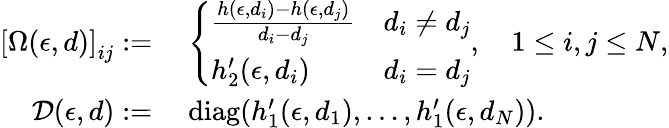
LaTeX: \begin{array}{rl}{\left[\Omega(\epsilon,d)\right]_{ij}:=}&{\; \left\{ \begin{array}{ll}{\frac{h(\epsilon,d_{i})-h(\epsilon,d_{j})}{d_{i}-d_{j}}}&{d_{i}\neq d_{j}}\\ {h_{2}^{\prime}(\epsilon,d_{i})}&{d_{i}=d_{j}}\end{array}\right.,\quad 1\leq i,j\leq N,}\\ {\mathcal{D}(\epsilon,d):=}&{\; \mathrm{diag}(h_{1}^{\prime}(\epsilon,d_{1}),\dots,h_{1}^{\prime}(\epsilon,d_{N})).}\end{array}